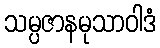
သမ္ပဇာနမုသာဝါဒံ